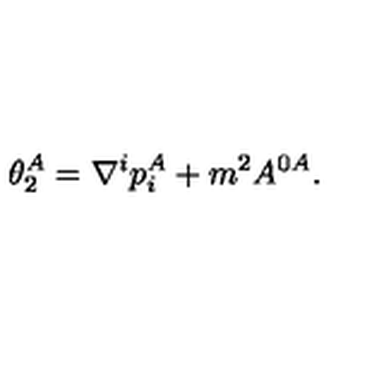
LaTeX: \theta _ { 2 } ^ { A } = \nabla ^ { i } p _ { i } ^ { A } + m ^ { 2 } A ^ { 0 A } .